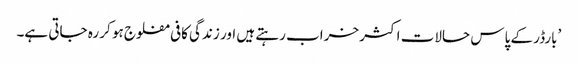
’بارڈر کے پاس حالات اکثر خراب رہتے ہیں اور زندگی کافی مفلوج ہو کر رہ جاتی ہے۔